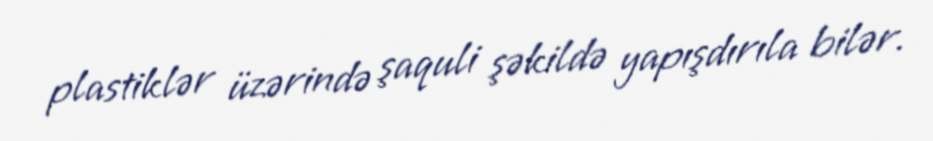
plastiklər üzərində şaquli şəkildə yapışdırıla bilər.